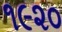
૧૯૨૦